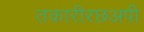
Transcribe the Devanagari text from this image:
तकारीरछअपी